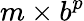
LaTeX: m\times b^{p}